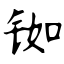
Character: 铷